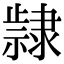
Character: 𮥵